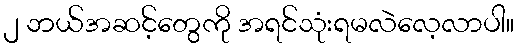
၂ ဘယ်အဆင့်တွေကို အရင်သုံးရမလဲလေ့လာပါ။